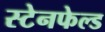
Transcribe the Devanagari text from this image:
स्टेनफेल्ड